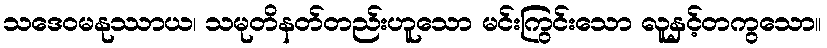
သဒေဝမနုဿာယ၊ သမုတိနတ်တည်းဟူသော မင်းကြွင်းသော လူနှင့်တကွသော။